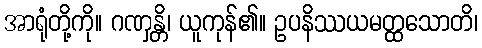
အာရုံတို့ကို။ ဂဏှန္တိ၊ ယူကုန်၏။ ဥပနိဿယမတ္ထသောတိ၊